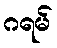
ဂရမ်